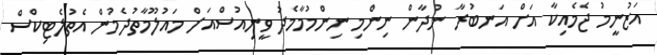
އަޒުނީމު ޖެމެއިކާ އަށް އަނބުރާ ނުދާން ނިންމި ނިންމުމާމެދު ވީނިއުސްއަށް މައުލޫމާތުދެމުން އެތުލެޓިކްސް